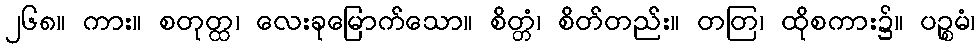
၂၆၈။ ကား။ စတုတ္ထ၊ လေးခုမြောက်သော။ စိတ္တံ၊ စိတ်တည်း။ တတြ၊ ထိုစကား၌။ ပဉ္စမံ၊